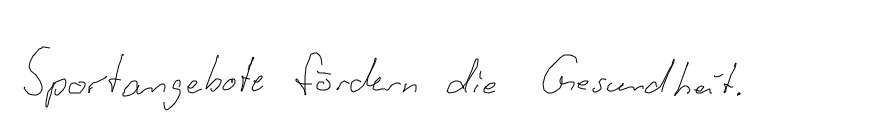
Sportangebote fördern die Gesundheit.